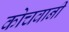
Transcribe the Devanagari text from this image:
कोचवानी